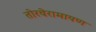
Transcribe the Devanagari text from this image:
तोरवेरामायण